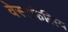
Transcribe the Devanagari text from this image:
वेस्टफेलिय